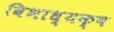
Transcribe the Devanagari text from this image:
विभाध्यक्ष